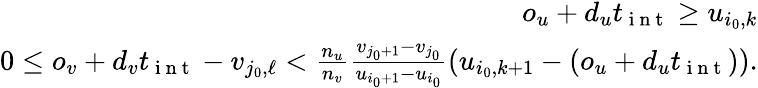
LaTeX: \begin{array}{r}{o_{u}+d_{u}t_{\mathrm{~i~n~t~}}\ge u_{i_{0},k}}\\ {0\leq o_{v}+d_{v}t_{\mathrm{~i~n~t~}}-v_{j_{0},\ell}<\frac{n_{u}}{n_{v}}\frac{v_{j_{0}+1}-v_{j_{0}}}{u_{i_{0}+1}-u_{i_{0}}}(u_{i_{0},k+1}-(o_{u}+d_{u}t_{\mathrm{~i~n~t~}})).}\end{array}